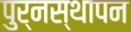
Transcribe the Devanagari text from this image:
पुर्नस्थापन